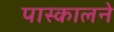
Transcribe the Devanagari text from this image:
पास्कालने